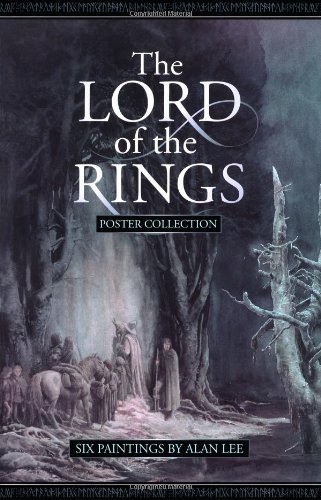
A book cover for The Lord of the Rings Poster Collection: Six Paintings by Alan Lee (No. 1); Alan Lee; Crafts, Hobbies & Home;